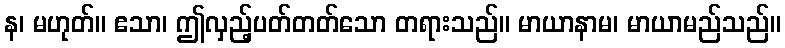
န၊ မဟုတ်။ ဧသာ၊ ဤလှည့်ပတ်တတ်သော တရားသည်။ မာယာနာမ၊ မာယာမည်သည်။